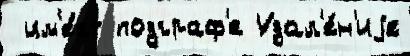
 им'е́ет подграф'е Удал'е́н'иjе